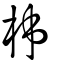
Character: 柹